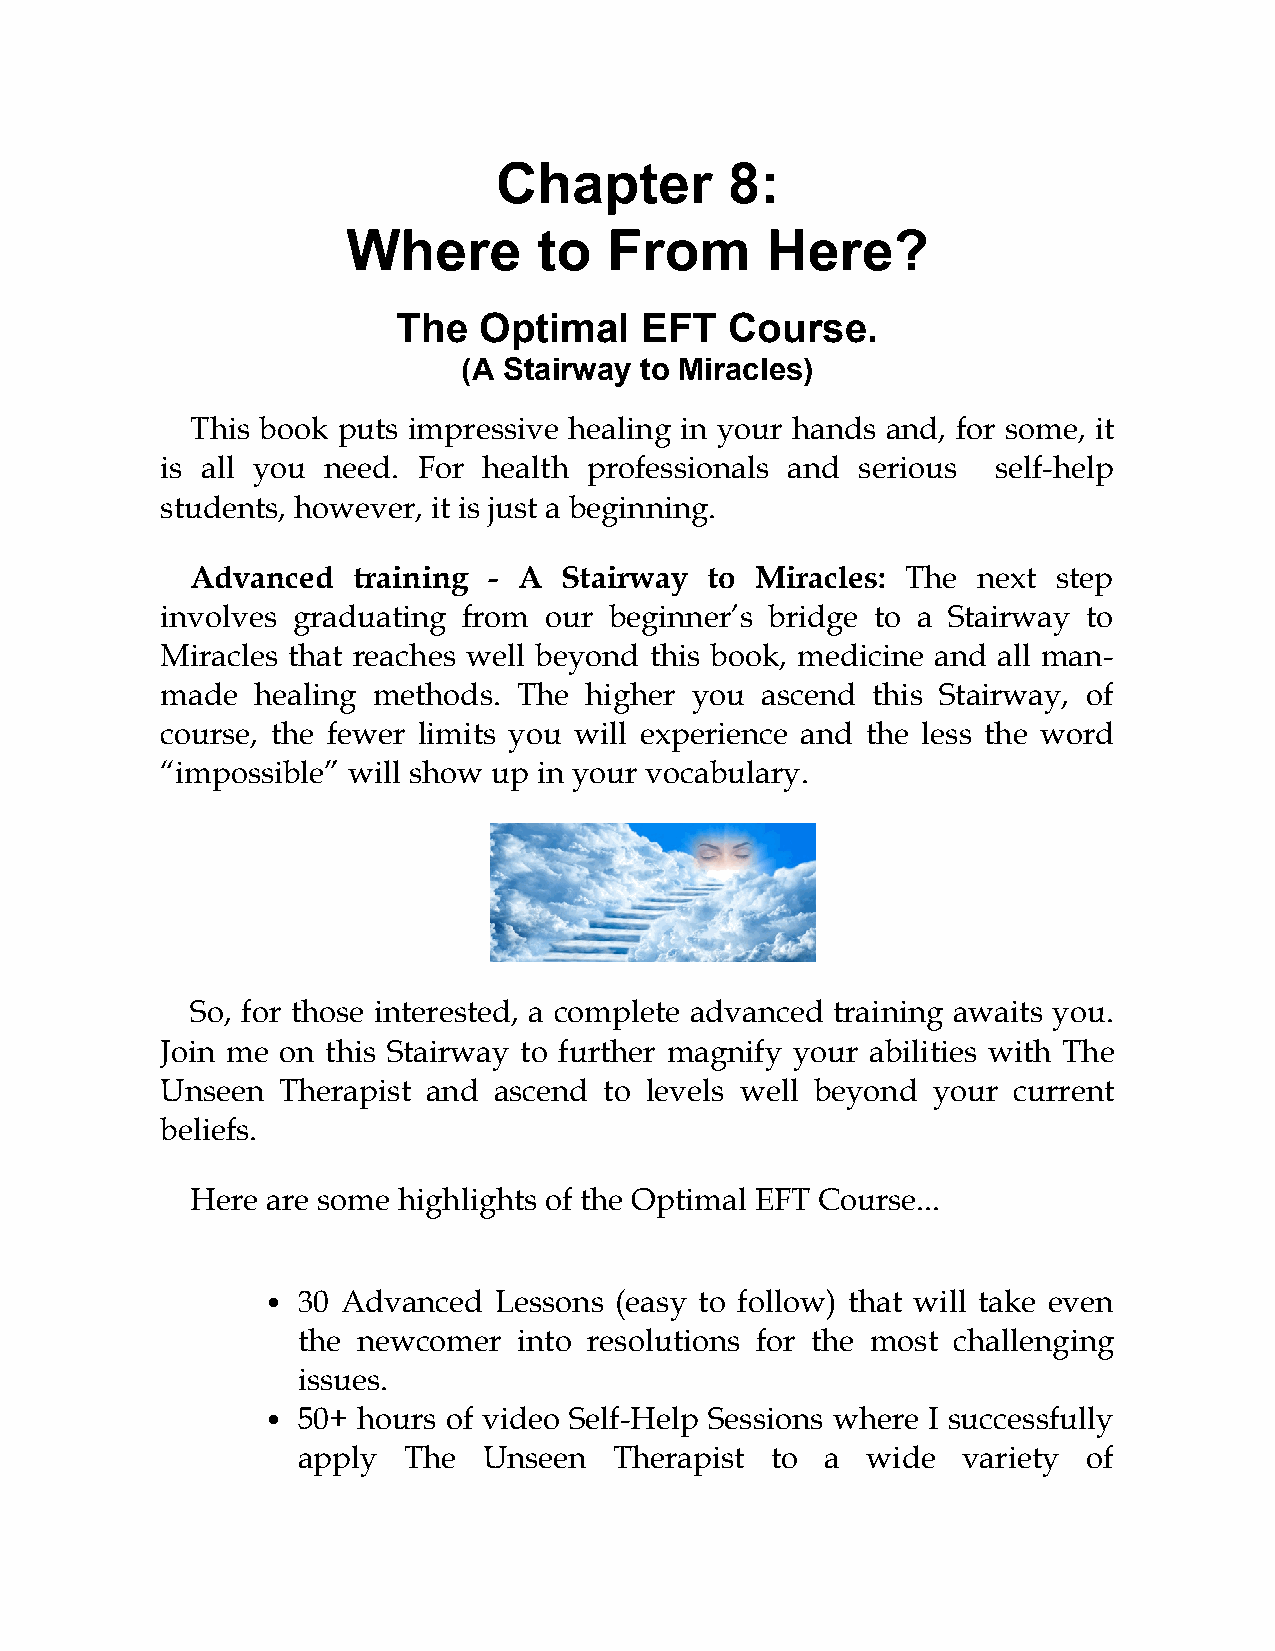
Chapter        8:
 Where        to  From       Here?
 The   Optimal   EFT   Course.
 (A Stairway to Miracles)
 This book puts impressive healing in your hands and, for some, it
 is all you need. For health professionals and serious  self-help
 students, however, it is just a beginning.
 Advanced  training - A  Stairway  to Miracles: The  next step
 involves graduating from our beginner’s bridge to a Stairway to
 Miracles that reaches well beyond this book, medicine and all man-
 made  healing methods. The  higher you ascend  this Stairway, of
 course, the fewer limits you will experience and the less the word
 “impossible” will show up in your vocabulary.
 So, for those interested, a complete advanced training awaits you.
 Join me on this Stairway to further magnify your abilities with The
 Unseen Therapist and  ascend to levels well beyond your current
 beliefs.
 Here are some highlights of the Optimal EFT Course...
 30 Advanced  Lessons (easy to follow) that will take even
 the newcomer  into resolutions for the most challenging
 issues.
 50+ hours of video Self-Help Sessions where I successfully
 apply  The  Unseen   Therapist to  a wide   variety of